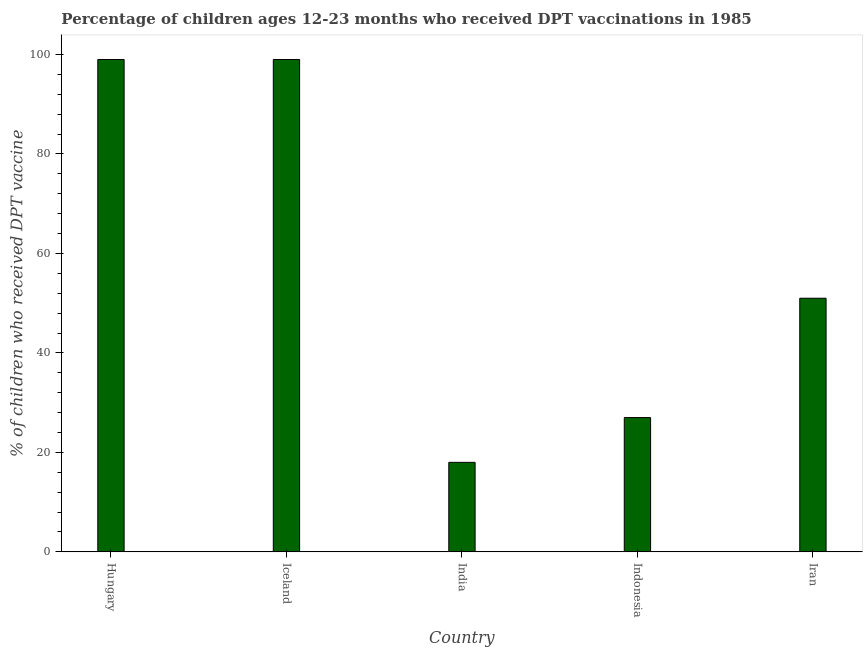
| Country | Immunization |
 | --- | --- |
 | Hungary | 99 |
 | Iceland | 99 |
 | India | 18 |
 | Indonesia | 27 |
 | Iran | 51 |